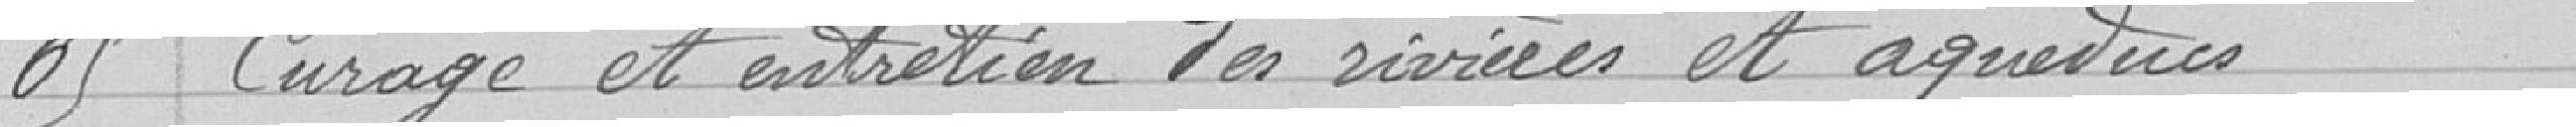
65 Curage et entretien des rivières et aqueducs